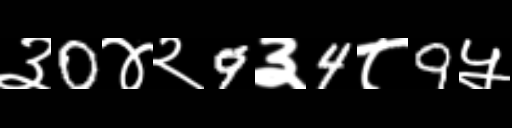
Text: ३0४२9३4८9५